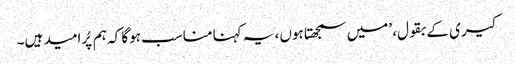
کیری کے بقول، ’میں سمجھتا ہوں، یہ کہنا مناسب ہوگا کہ ہم پُرامید ہیں۔